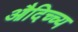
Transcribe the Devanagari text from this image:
औदिच्च्य